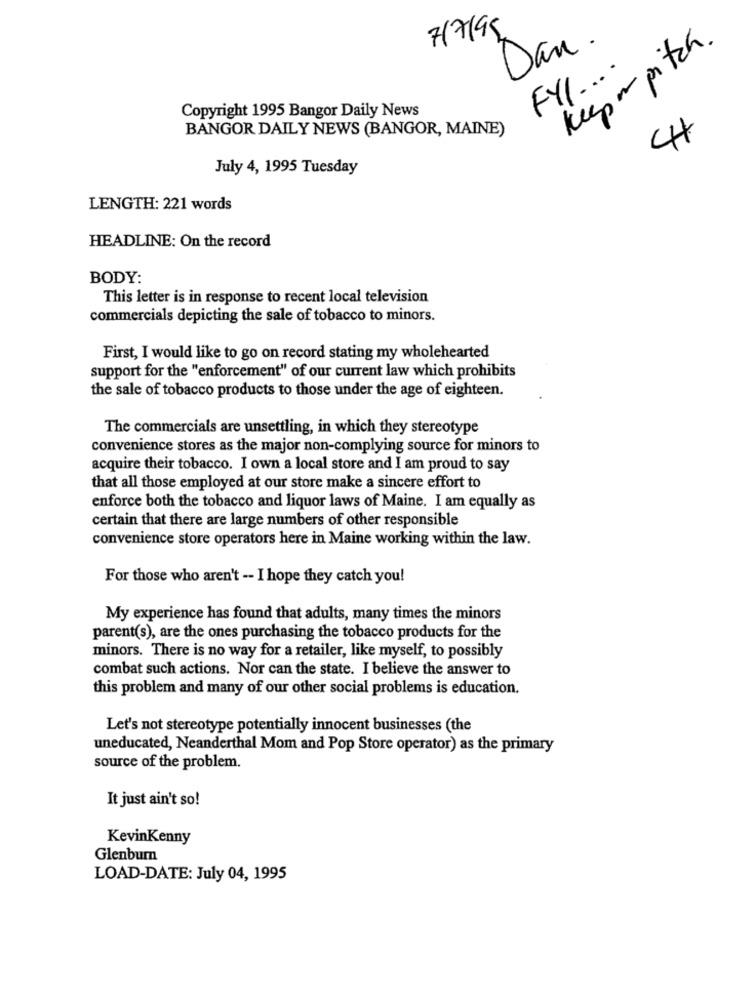
7/7/95
Dan .
keep or pitch.
FYL ....
Copyright 1995 Bangor Daily News
BANGOR DAILY NEWS (BANGOR, MAINE)
44
July 4, 1995 Tuesday
LENGTH: 221 words
HEADLINE: On the record
BODY:
This letter is in response to recent local television
commercials depicting the sale of tobacco to minors.
First, I would like to go on record stating my wholehearted
support for the "enforcement" of our current law which prohibits
the sale of tobacco products to those under the age of eighteen.
The commercials are unsettling, in which they stereotype
convenience stores as the major non-complying source for minors to
acquire their tobacco. I own a local store and I am proud to say
that all those employed at our store make a sincere effort to
enforce both the tobacco and liquor laws of Maine. I am equally as
certain that there are large numbers of other responsible
convenience store operators here in Maine working within the law.
For those who aren't -- I hope they catch you!
My experience has found that adults, many times the minors
parent(s), are the ones purchasing the tobacco products for the
minors. There is no way for a retailer, like myself, to possibly
combat such actions. Nor can the state. I believe the answer to
this problem and many of our other social problems is education.
Let's not stereotype potentially innocent businesses (the
uneducated, Neanderthal Mom and Pop Store operator) as the primary
source of the problem.
It just ain't so!
KevinKenny
Glenburn
LOAD-DATE: July 04, 1995